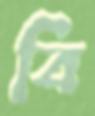
বি